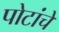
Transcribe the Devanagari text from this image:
पोटांचे